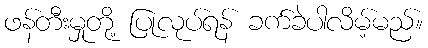
ဖန်တီးမှုတို့ ပြုလုပ်ရန် ခက်ခဲပါလိမ့်မည်။